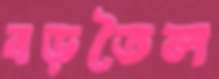
বড়তৈল